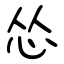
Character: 怂